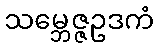
သမ္ဘေဇ္ဇဥဒကံ